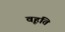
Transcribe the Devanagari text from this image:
वृहति